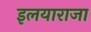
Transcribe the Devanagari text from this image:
इलयाराजा